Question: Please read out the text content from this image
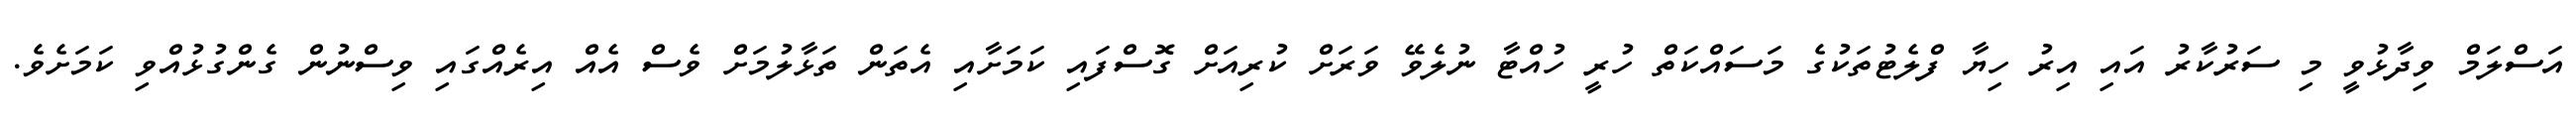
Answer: އަސްލަމް ވިދާޅުވީ މި ސަރުކާރު އައި އިރު ހިޔާ ފްލެޓުތަކުގެ މަސައްކަތް ހުރީ ހުއްޓާ ނުލެވޭ ވަރަށް ކުރިއަށް ގޮސްފައި ކަމަށާއި އެތަން ތަޅާލުމަށް ވެސް އެއް އިރެއްގައި ވިސްނުން ގެންގުޅުއްވި ކަމަށެވެ.